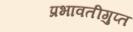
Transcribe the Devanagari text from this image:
प्रभावतीगुप्त